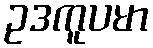
ဥဒကူပမာ